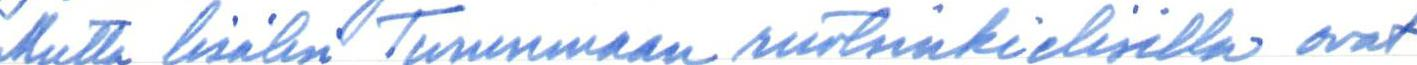
Mutta lisäksi Turunmaan ruotsinkielisillä ovat